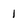
Character: 1